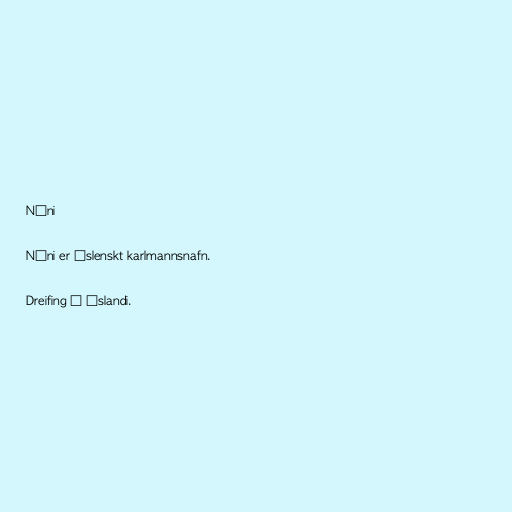
Nóni

Nóni er íslenskt karlmannsnafn.

Dreifing á Íslandi.